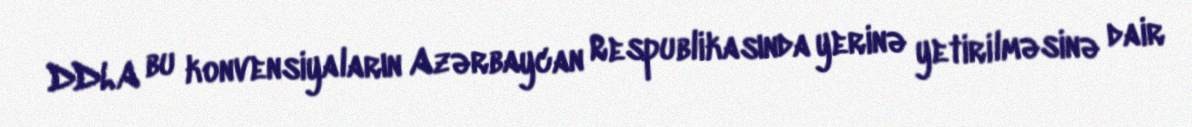
DDLA bu konvensiyaların Azərbaycan Respublikasında yerinə yetirilməsinə dair